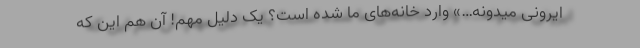
ایرونی میدونه…» وارد خانه‌های ما شده است؟ یک دلیل مهم! آن هم این که